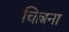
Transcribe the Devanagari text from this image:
चिल्लना